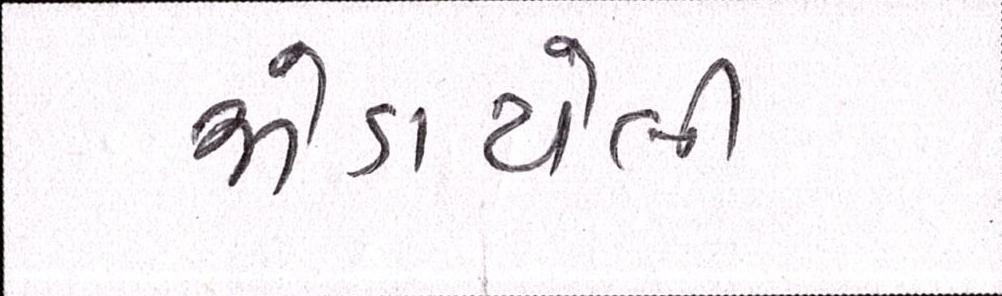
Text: જોડાયેલી